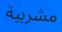
مشربية